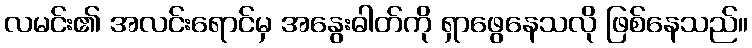
လမင်း၏ အလင်းရောင်မှ အနွေးဓါတ်ကို ရှာဖွေနေသလို ဖြစ်နေသည်။